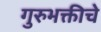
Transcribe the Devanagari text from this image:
गुरुभक्तीचे